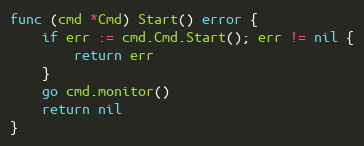
Language: Go
func (cmd *Cmd) Start() error {
	if err := cmd.Cmd.Start(); err != nil {
		return err
	}
	go cmd.monitor()
	return nil
}